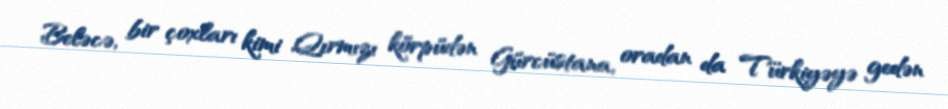
Beləcə, bir çoxları kimi Qırmızı körpüdən Gürcüstana, oradan da Türkiyəyə gedən